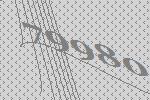
79980